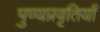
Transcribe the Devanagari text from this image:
पुण्यप्रवृतियाँ